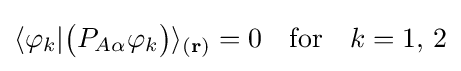
\langle {\varphi _{k}}|{\big (}P_{A\alpha }\varphi _{k}{\big )}\rangle _{(\mathbf {r} )}=0\quad {\textrm {for}}\quad k=1,\,2